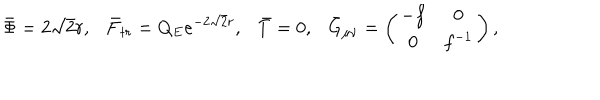
LaTeX: \bar { \Phi } = 2 \sqrt 2 r , \bar { F } _ { t r } = Q _ { E } e ^ { - 2 \sqrt 2 r } , \bar { T } = 0 , { } \bar { G } _ { \mu \nu } = \left( \begin{array} { c c } { { - f } } & { { 0 } } \\ { { 0 } } & { { f ^ { - 1 } } } \\ \end{array} \right) ,